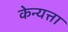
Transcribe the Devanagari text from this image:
केन्यत्ता